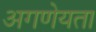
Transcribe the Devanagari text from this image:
अगणेयता